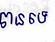
បានទេ